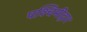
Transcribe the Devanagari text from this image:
पश्चिमीद्वार